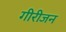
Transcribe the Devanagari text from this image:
गीरीजन